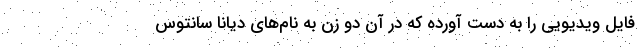
فایل ویدیویی را به دست آورده که در آن دو زن به نام‌های دیانا سانتوس